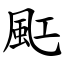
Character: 䫹